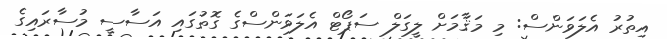
އިތުރު އެލަވަންސް: މި މަޤާމަށް ލީގަލް ސަޕޯޓް އެލަވަންސްގެ ގޮތުގައި އަސާސީ މުސާރައިގެ